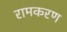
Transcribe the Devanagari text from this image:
रामकरण